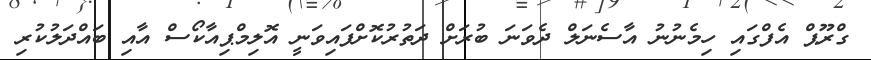
ގްރޫޕް އެފްގައި ހިމެނުނު އާސެނަލް ދެވަނަ ބުރަށް ދަތުރުކޮށްފައިވަނީ އޮލިމްޕިއާކޯސް އާއި ބައްދަލުކުރި